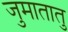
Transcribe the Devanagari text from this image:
जुमातातु